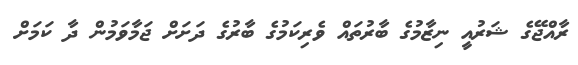
ރާއްޖޭގެ ޝަރުއީ ނިޒާމުގެ ބާރުތައް ވެރިކަމުގެ ބާރުގެ ދަށަށް ޖަމާވަމުން ދާ ކަމަށް